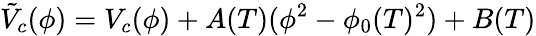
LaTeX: \tilde{V}_{c}(\phi)=V_{c}(\phi)+A(T)(\phi^{2}-\phi_{0}(T)^{2})+B(T)